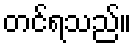
တင်ရသည်။